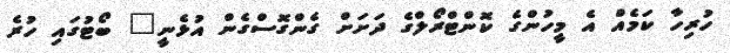
ހުރިހާ ކަމެއް އެ މީހުންގެ ކޮންޓްރޯލްގެ ދަށަށް ގެންގޮސްގެން އުޅެނީ" ބޯޓުގައި ހުރެ